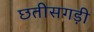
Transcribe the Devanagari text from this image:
छतीसगड़ी